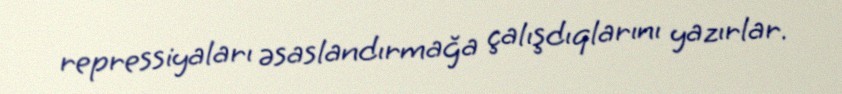
repressiyaları əsaslandırmağa çalışdıqlarını yazırlar.